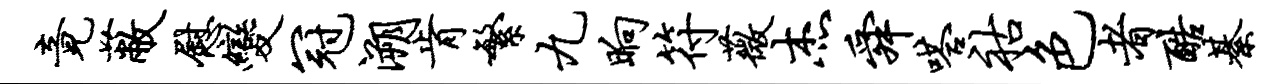
竟蔽慰变冠溯肯繁九晌符薇杰舜嗒祜色者酷綦